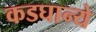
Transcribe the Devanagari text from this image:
कडघान्ये